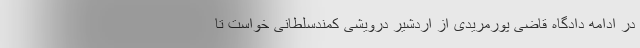
در ادامه دادگاه قاضی پورمریدی از اردشیر درویشی کمند‌سلطانی خواست تا